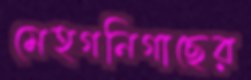
মেহগনিগাছের